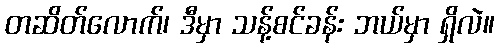
တဆိတ်လောက်၊ ဒီမှာ သန့်စင်ခန်း ဘယ်မှာ ရှိလဲ။